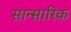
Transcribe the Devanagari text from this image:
सान्सारिक